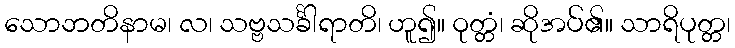
သောဘတိနာမ၊ လ၊ သဗ္ဗသင်္ခါရာတိ၊ ဟူ၍။ ဝုတ္တံ၊ ဆိုအပ်၏။ သာရိပုတ္တ၊